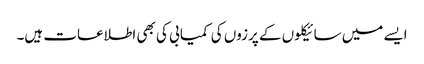
ایسے میں سائیکلوں کے پرزوں کی کمیابی کی بھی اطلاعات ہیں۔